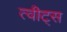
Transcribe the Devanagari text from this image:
त्वीट्स